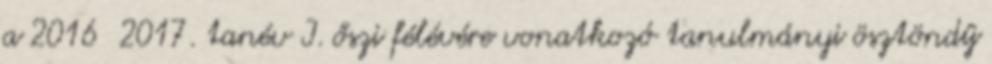
a 2016 2017. tanév I. őszi félévére vonatkozó tanulmányi ösztöndíj